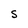
Character: S